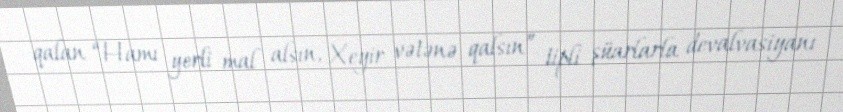
qalan “Hamı yerli mal alsın, Xeyir vətənə qalsın” tipli şüarlarla devalvasiyanı